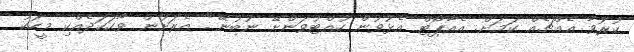
ކުރުވާ އެއްޗެއް ކަމަށް. އެއާޕޯޓް އެޅުވުން ހުއްޓުވަންށޭ ނުބުނޭ". އެރަށުން ވާހަކަދެއްކި މީހަކު